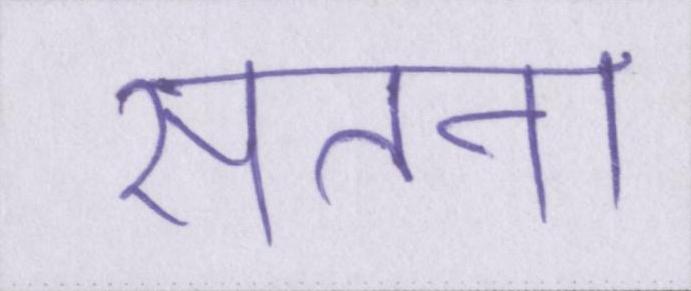
सतना